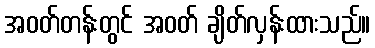
အဝတ်တန်းတွင် အဝတ် ချိတ်လှန်းထားသည်။